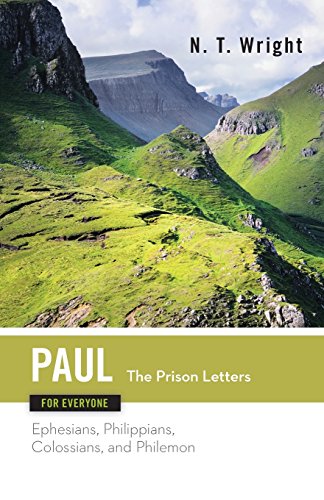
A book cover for Paul for Everyone: The Prison Letters: Ephesians, Philippians, Colossians, and Philemon (The New Testament for Everyone); Tom Wright; Christian Books & Bibles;